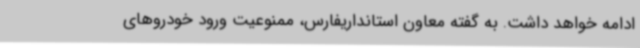
ادامه خواهد داشت. به گفته معاون استانداریفارس، ممنوعیت ورود خودروهای